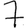
Digit: 7